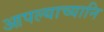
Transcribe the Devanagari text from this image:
आपल्याच्यानि